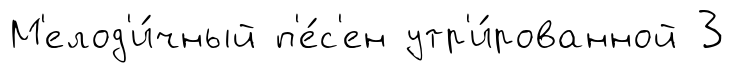
М'елод'и́чный п'е́с'ен утр'и́рованной 3